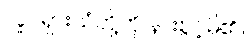
လှုပ်ရှားသံတို့ကို နားစွင့်မိ၏။